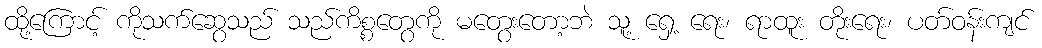
ထို့ကြောင့် ကိုသက်ဆွေသည် သည်ကိစ္စတွေကို မတွေးတော့ဘဲ သူ့ ရှေ့ ရေး၊ ရာထူး တိုးရေး၊ ပတ်ဝန်းကျင်